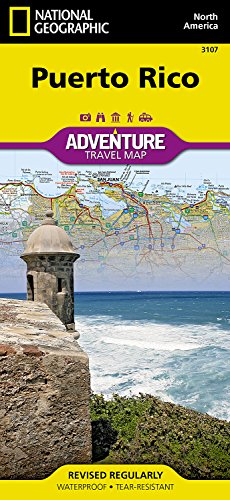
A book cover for Puerto Rico (Adventure Travel Map) (National Geographic Adventure Map); National Geographic Maps - Adventure; Reference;